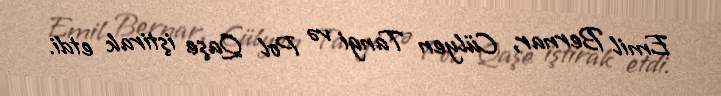
Emil Bernar, Cülyen Tangi və Pol Qaşe iştirak etdi.